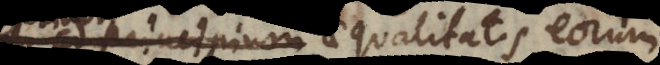
principium aequalitatis eorum